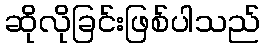
ဆိုလိုခြင်းဖြစ်ပါသည်